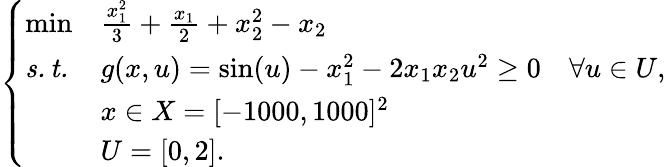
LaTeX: \left\{ \begin{array}{lll}{\operatorname*{min}}&{\frac{x_{1}^{2}}{3}+\frac{x_{1}}{2}+x_{2}^{2}-x_{2}}\\ {\mathit{s.t.}}&{g(x,u)=\sin(u)-x_{1}^{2}-2x_{1}x_{2}u^{2}\geq 0\quad\forall u\in U,}\\ &{x\in X=[-1000,1000]^{2}}\\ &{U=[0,2].}\end{array}\right.